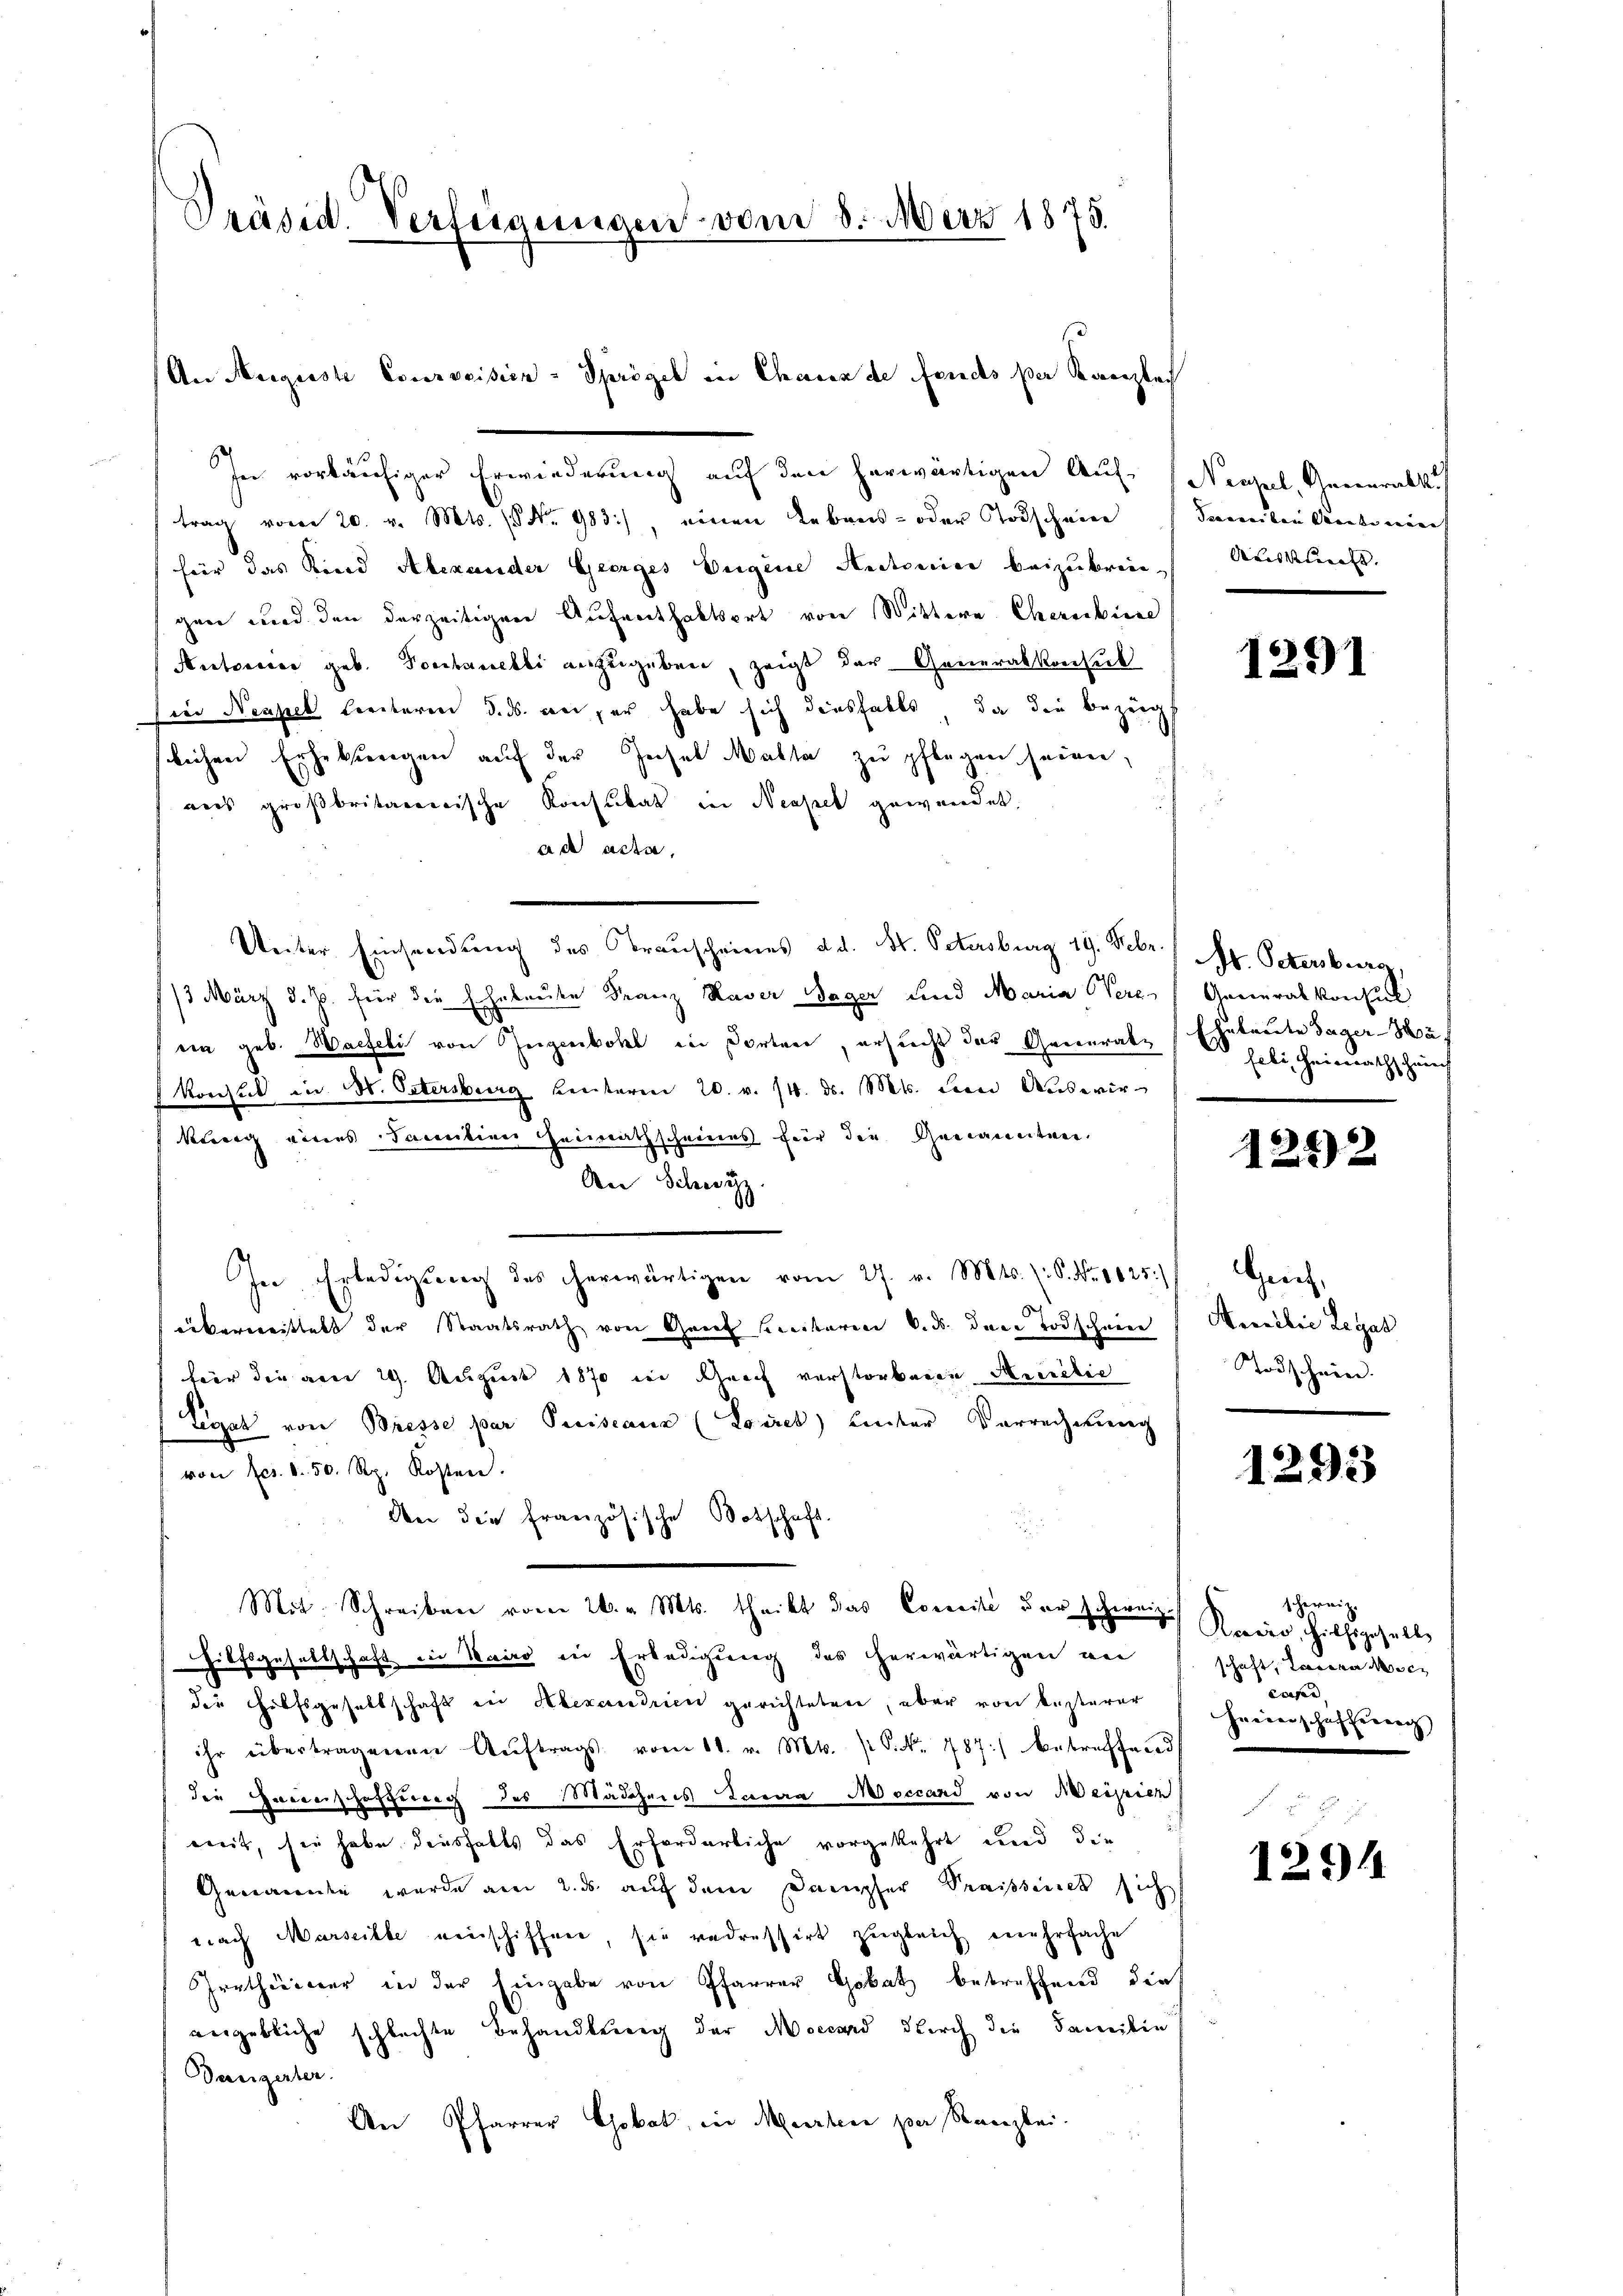
Präsid. Verfügungen vom 8. März 1875.

An August Courveisien - Sprögel in Chanca de fonds per Kanzlei

trag vom 20. v. Mts. (Nr. 983) einen Lebens- oder Todschein
für das Kind Alexander Geerges Eigene Ansteine beizubringen und den derzeitigen Aufenthaltsort von Wittere Charackiere
Autorisce geb. Poschnelli anzugeben, zeigt der Generalkonsul
in Neapel breiteren d. ds. an, er habe sich diesfalls, da die bezeigt
lichen Erhebungen auf der Geisel Malle zu pflegen seien,
aus großbritanerische Konsulat in Neapel gewendet.
ad acta,
Unter Einsendung des Brauscheines d.d. St. Petersburg 19. Febr. / M. Petersburg,
//3 März d. J. für die Ehebaute Franz Raver Sager und Maria Were Generalkonsul
ein geb. Warteli von Jugenbohl in Porten, ersucht der Generalp (obi, Heinrathschrich
Konsul in St. Ostersburg Kentaren 20. v. 14. d. Mts. dem Auswir
kung eines Tacution Heimathscheines für die Genanzeitwen¬
An Schwyz
In Erledigung des herwärtigen vom 27. v. Mts. (: P. Nr. 1025.)
überweittelt der Staatsrath von Gant hierbaren 6. ds. den Todschneee
hier die am 29. August 1870 in Schnach verstorbenen Percitie
Legat von Bresse par Preiseauz (Loires) hinter Vorrechnung
von fes. S. 50. Rp. Kosten.
den die französische Botschaft.
Mit. Schreiben vom 26. v. Mts. theilt das Concile der Schweiz. Reier, Hilfsgesells
Hilfsgesellschaft die Kairo in Erledigung des herwärtigen an
der Hilfsgesellschaft in Alexandrien gerichteten, aber von besterer
ihr übertragenen Aŭftrags vom 11. v. Mts. S. Nr. 787 betreffend
die Hanshoffung des Mädchens Jaraa Moccard von Scipien
mit, sie habe diesfalls das Erforderliche vorgekehrt und die
Gewandte wurde am 2. ds. auf dem Dampfer Sraient sich
nach Marseille einschiffen, sie redressirt zugleich mehrfache
Irrthurner in der Eingabe von Pfarrer Gobat betreffend dies
vngebliche schlechte Behandlung der Mossard durch die Familie
Dasigerter.
An Pfarrer Gobak, in Meisten per Kanzlei.

In vorläufiger Erwiederung auf den herwärtigen Auf- Neapel, Generalk

Secareiben Senate einen |
Oreskurist. |

1291

betreute Faser-Ma

1252.

eich.
Amilie Legal
Todschein

1293

schereiz.
schaft, Laiern Misc
coper
Freierschaffeerach

125)